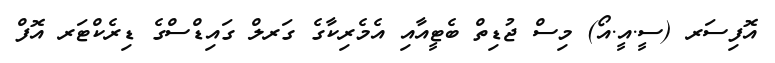
އޮފިސަރ (ސީ.އީ.އޯ) މިސް ޖުޑިތް ބެޓީއާއި އެމެރިކާގެ ގަރލް ގައިޑްސްގެ ޑިރެކްޓަރ އޮފް